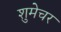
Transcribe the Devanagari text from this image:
शुमेचर